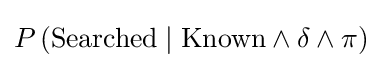
P\left({\text{Searched}}\mid {\text{Known}}\wedge \delta \wedge \pi \right)